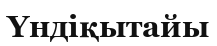
Үндіқытайы